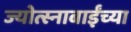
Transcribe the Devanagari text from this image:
ज्योत्स्नाबाईंच्या